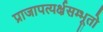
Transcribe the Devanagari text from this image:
प्राजापत्यर्क्षसम्भूतो